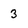
Character: 3